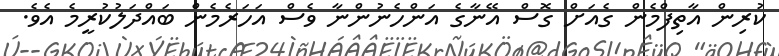
ކުރިން އާތިފްމެން ގެއަށް ގޮސް އޭނާގެ އަންހެނުންނާ ވެސް އަހަރެމެން ބައްދަލުކުރީމެ އެވެ.